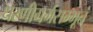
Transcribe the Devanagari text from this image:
धरणीगर्भसम्भूतं